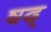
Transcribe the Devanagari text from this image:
षद्